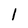
Character: 1